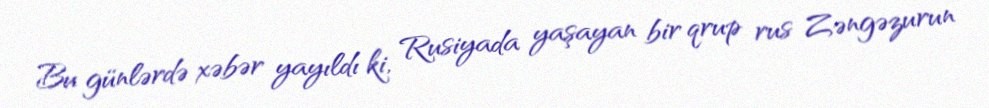
Bu günlərdə xəbər yayıldı ki, Rusiyada yaşayan bir qrup rus Zəngəzurun